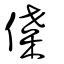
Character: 偞